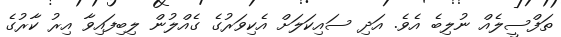
ތަފްސީލެއް ނުލިބެ އެވެ. އަދި ސައިކަލަށް އެކިވަރުގެ ގެއްލުން ލިބިފައިވާ އިރު ކާރުގެ